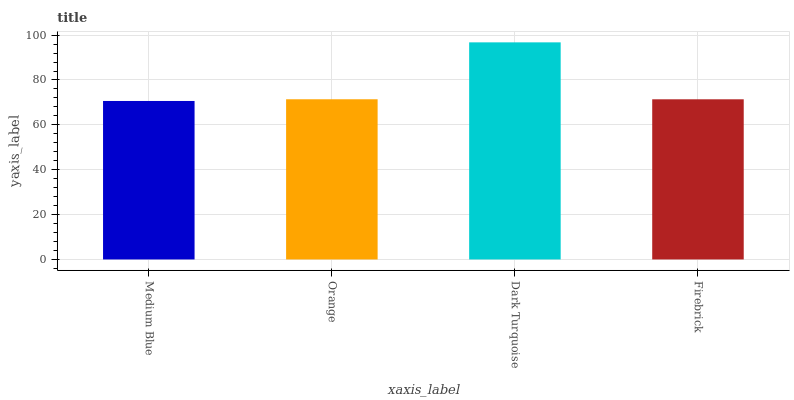
| xaxis_label | bars |
 | --- | --- |
 | Medium Blue | 70.6 |
 | Orange | 71.4 |
 | Dark Turquoise | 96.8 |
 | Firebrick | 71.4 |